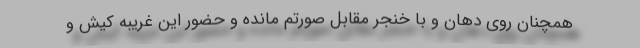
همچنان روی دهان و با خنجر مقابل صورتم مانده و حضور این غریبه کیش و